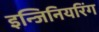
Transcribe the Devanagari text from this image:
इन्जिनियरिंग